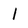
Character: l